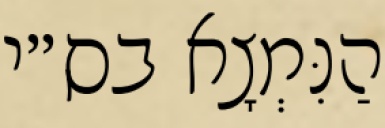
הַנִּמְצָא בס״י